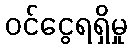
ဝင်ငွေရရှိမှု